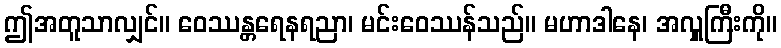
ဤအတူသာလျှင်။ ဝေဿန္တရေနရညာ၊ မင်းဝေဿန်သည်။ မဟာဒါနေ၊ အလှူကြီးကို။